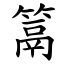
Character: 䈪